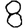
Digit: 8